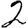
Digit: 2